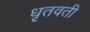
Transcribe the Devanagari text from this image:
धृतवती